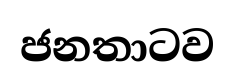
ජනතාටව